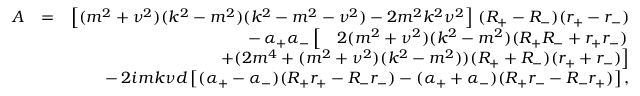
\begin{array} { r l r } { A } & { = } & { \left[ ( m ^ { 2 } + \nu ^ { 2 } ) ( k ^ { 2 } - m ^ { 2 } ) ( k ^ { 2 } - m ^ { 2 } - \nu ^ { 2 } ) - 2 m ^ { 2 } k ^ { 2 } \nu ^ { 2 } \right] \, ( R _ { + } - R _ { - } ) ( r _ { + } - r _ { - } ) } \\ & { } & { - \, \alpha _ { + } \alpha _ { - } \left[ \quad 2 ( m ^ { 2 } + \nu ^ { 2 } ) ( k ^ { 2 } - m ^ { 2 } ) ( R _ { + } R _ { - } + r _ { + } r _ { - } ) \right. } \\ & { } & { \qquad \qquad \left. + ( 2 m ^ { 4 } + ( m ^ { 2 } + \nu ^ { 2 } ) ( k ^ { 2 } - m ^ { 2 } ) ) ( R _ { + } + R _ { - } ) ( r _ { + } + r _ { - } ) \right] } \\ & { } & { - \, 2 i m k \nu d \left[ ( \alpha _ { + } - \alpha _ { - } ) ( R _ { + } r _ { + } - R _ { - } r _ { - } ) - ( \alpha _ { + } + \alpha _ { - } ) ( R _ { + } r _ { - } - R _ { - } r _ { + } ) \right] , } \end{array}